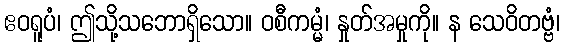
ဧဝရူပံ၊ ဤသို့သဘောရှိသော။ ဝစီကမ္မံ၊ နှုတ်အမှုကို။ န သေဝိတဗ္ဗံ၊